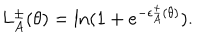
L _ { A } ^ { \pm } ( \theta ) = \ln ( 1 + e ^ { - \epsilon _ { A } ^ { \pm } ( \theta ) } ) .